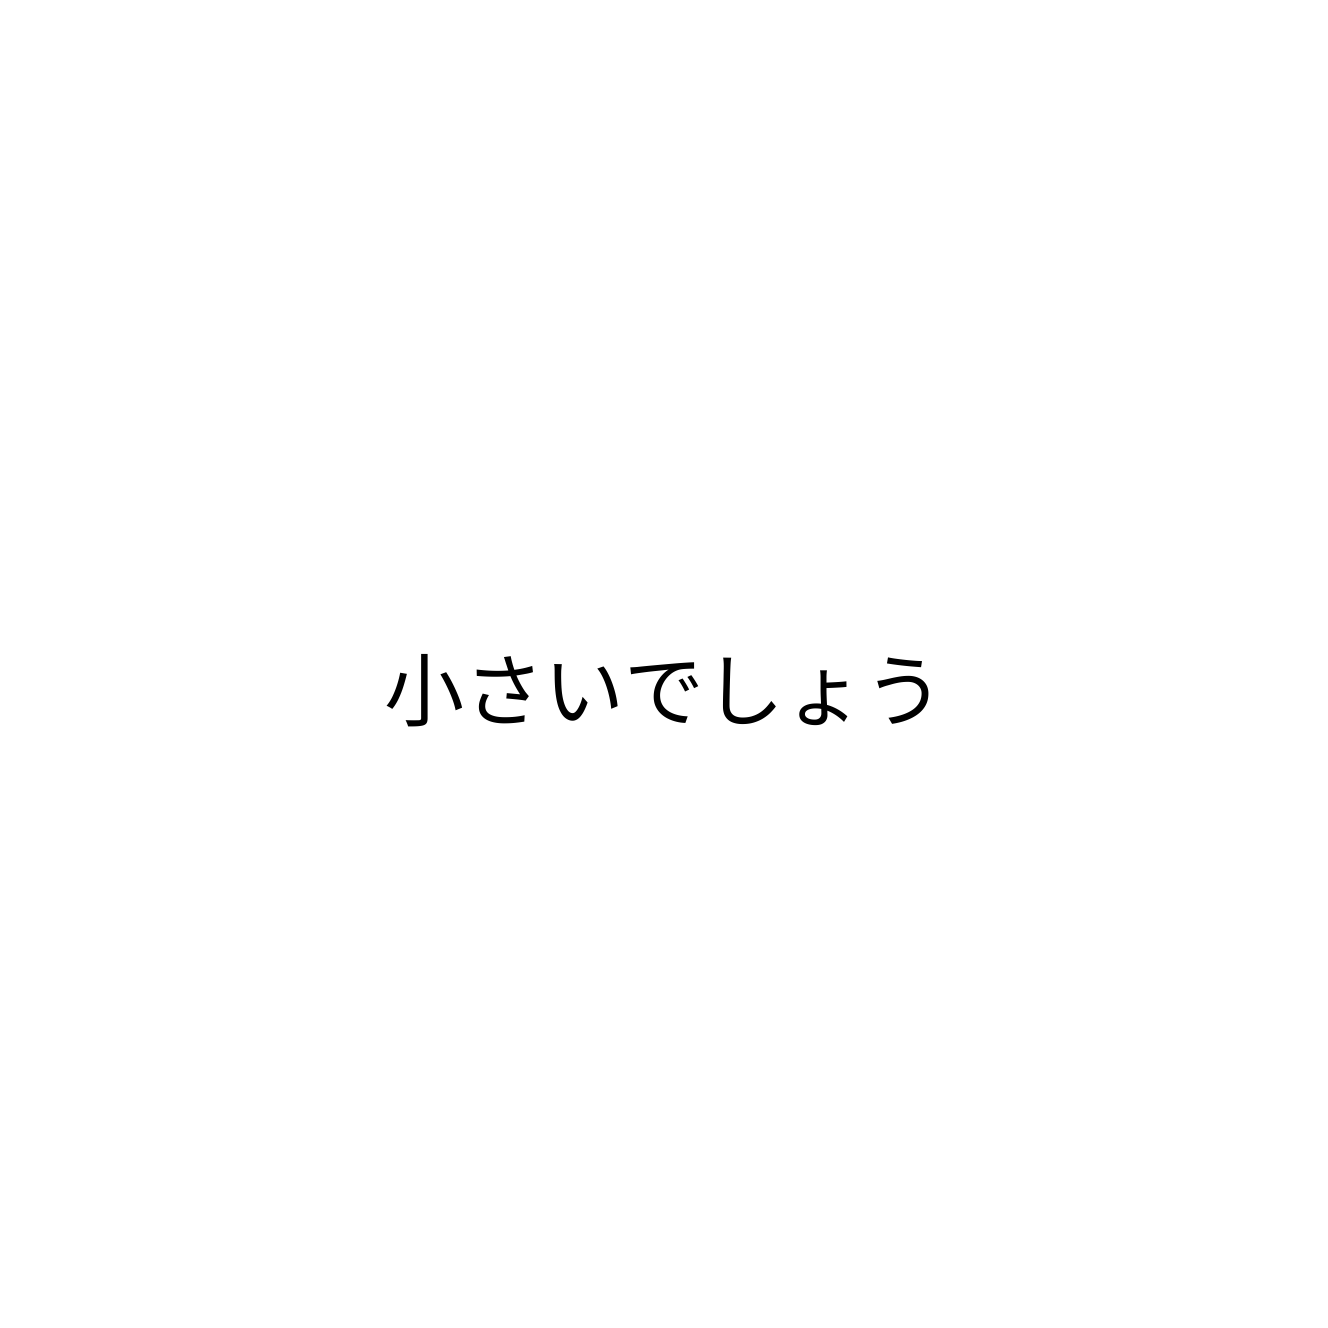
小さいでしょう